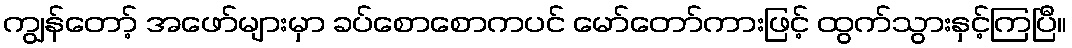
ကျွန်တော့် အဖော်များမှာ ခပ်စောစောကပင် မော်တော်ကားဖြင့် ထွက်သွားနှင့်ကြပြီ။